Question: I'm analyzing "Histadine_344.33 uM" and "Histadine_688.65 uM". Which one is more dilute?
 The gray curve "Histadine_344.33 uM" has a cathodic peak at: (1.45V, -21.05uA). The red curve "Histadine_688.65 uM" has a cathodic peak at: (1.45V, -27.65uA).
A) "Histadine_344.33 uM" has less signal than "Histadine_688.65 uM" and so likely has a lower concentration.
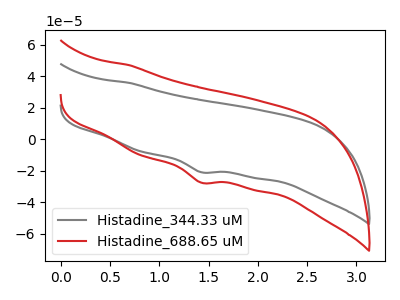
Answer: <think>All the peaks in "Histadine_344.33 uM" have a peak in "Histadine_688.65 uM" at the same potential. Every peak in "Histadine_344.33 uM" is lower than every peak in "Histadine_688.65 uM".
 </think>
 <answer>A) "Histadine_344.33 uM" has less signal than "Histadine_688.65 uM" and so likely has a lower concentration.</answer>
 <eval>A</eval>